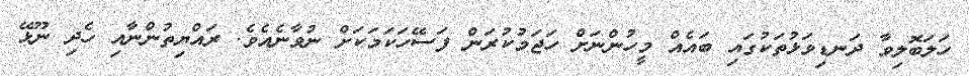
ހަލަބޮލިވާ ދަނޑިވަޅުތަކުގައި ބައެއް މީހުންނަށް ހަޖަމުކުރަން ފަސޭހަކަމަކަށް ނުވާނެއެވެ. ރައްޔިތުންނާއި ހެދި ނޫޅޭ